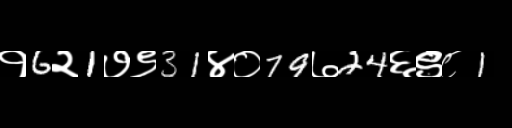
Text: १6२1७९31४०79७24६९८1